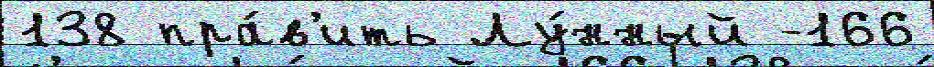
138 пра́в'ить Лу́нный -166